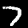
Label: 7